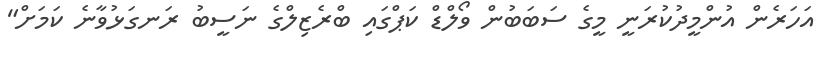
އަހަރެން އުންމީދުކުރަނީ މީގެ ސަބަބުން ވޯލްޑް ކަޕްގައި ބްރެޒިލްގެ ނަސީބު ރަނގަޅުވާނެ ކަމަށް"